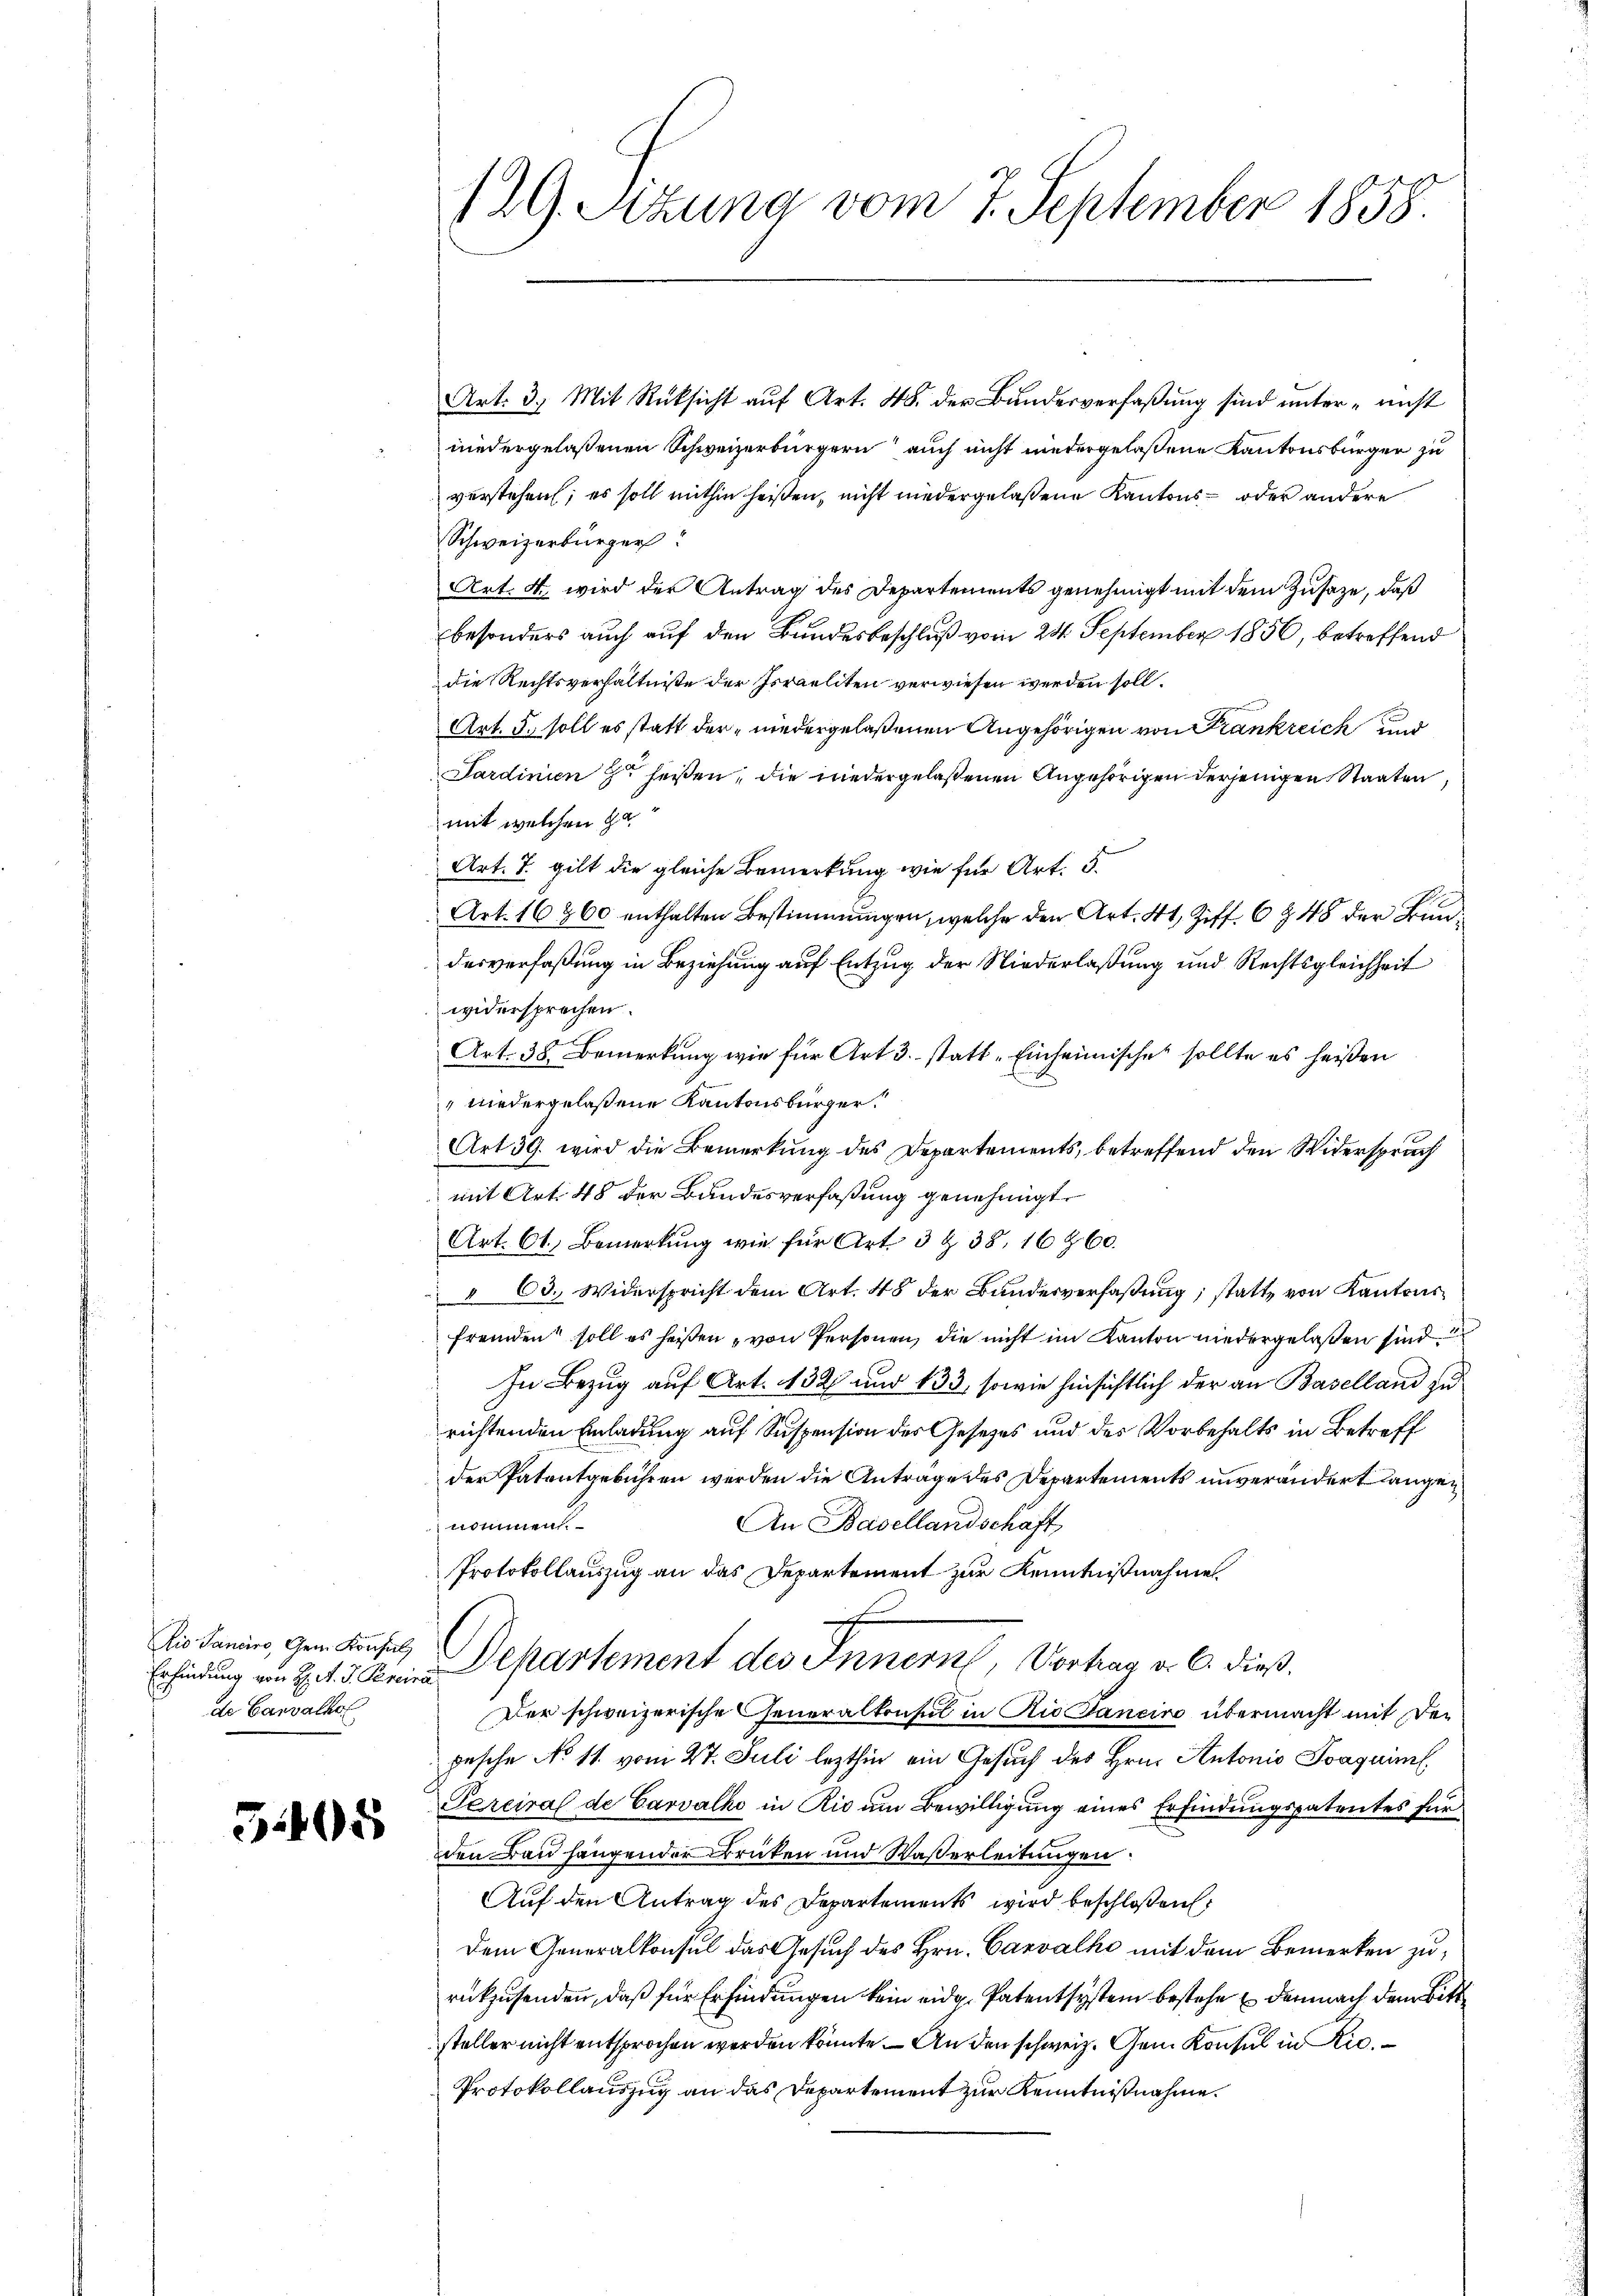
dio Sancire, Gem. Konsul
Erfindung von H. R. V. Percira
de Carvalho

3405

129. Setzung vom 7. September 1858.

Art. 3. Mit Rücksicht aŭf Art. 48. der Bundesverfaßung sind unter nicht
niedergelassenen Schweizerbürgern auch nicht niedergelaßene Kantonsbürger zu
verstehen; es soll mithin heißen, nicht niedergelaßene Kantons- oder andere
Schweizerbürger
Art. 4 wird der Antrag des Departements genehmigt mit dem Zusage, daß
besonders auch auf den Bundesbeschluß vom 24. September 1856, betreffend
die Rechtsverhältnisse der Israeliten verwiesen werden soll.
Art. 5. soll es statt der niedergelaßenen Angehörigen von Frankreich und
Sardinien zu heißen, die niedergelaßenen Angehörigen derjenigen Staaten,
mit welchen Ge
Art. 7. gilt die gleiche Bemerkung wie für Art. 5.
Art. 16260 enthalten Bestimmungen, welche den Art. 41, Ziff. 6 § 48 der Bundesverfaßung in Beziehung auf Entzug der Niederlaßung und Rechtsgleichheit
widersprechen.
Art. 38. Bemerkung wie für Art 3. statt-Einheimische sollte es heißen
" niedergelaßene Kantonsbürger!
Art 39. wird die Bemerkung des Departements, betreffend den Widerspruch
mit Art. 48 der Bundesverfaßung genehmigt.
Art. 61. Bemerkung wie für Art. 3 & 38. 16960.
 63. Widerspricht dem Art. 48 der Bundesverfaßung, statt, von Kantonsfremden soll es heißen „von Personen, die nicht im Kanton niedergelaßen sind
In Bezug auf Art. 132 und 133, sowie hinsichtlich der an Baselland zu
richtenden Einladung auf Suspension des Gesetzes und des Vorbehalts in Betreff
der Patentgebühren werden die Anträge des Departements unverändert langen
An Basellandschaft
nommen.
Protokollauszug an das Departement zur Kenntnißnahme
Departement des Innern, Vortrag v. 6. dieß.
Der schweizerische Generalkonsul in Rioltaneiro übermacht mit der
pesche No 11. vom 27. Juli lezthin ein Gesuch des Hrn. Antonio Svaquim
Perciral de Carvalko in Rio am Bewilligung eines Erfindungspatentes für
den Bau hangender Brücken und Wasserleitungen.
Auf den Antrag des Departements wird beschloßen:
dem Generalkonsul das Gesuch des Hrn. Carvalke mit dem Bemerken zurükzusenden, daß für Erfindungen kein eidg. Patentsystem bestehe demnach dem Bitte
steller nicht entsprochen werden könnte. – An den schweiz. Gem. Konsul in Ric
Protokollauszug an das Departement zur Kenntnißnahme.